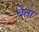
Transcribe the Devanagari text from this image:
बेता